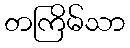
တကြိမ်သာ